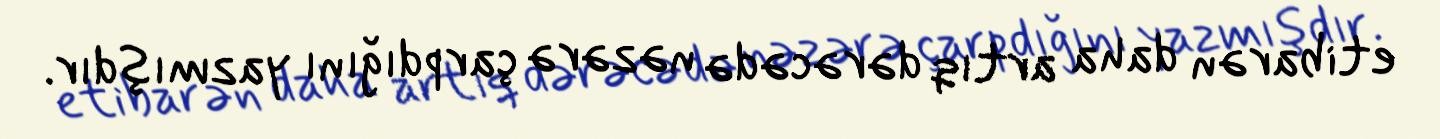
etibarən daha artıq dərəcədə nəzərə çarpdığını yazmışdır.